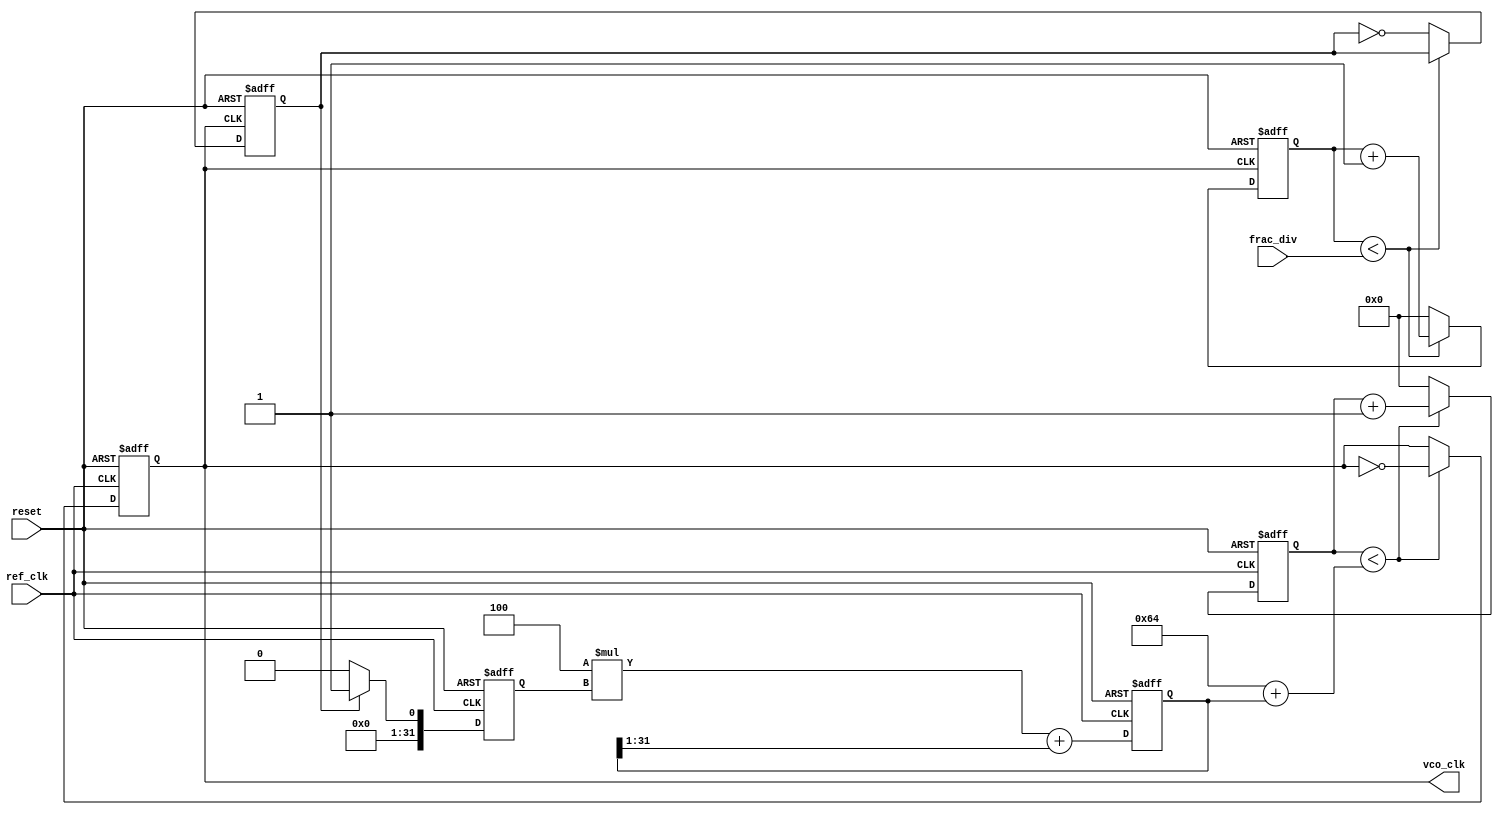
module Fractional_PLL(
    input wire ref_clk,           // Reference clock input
    input wire reset,            // Reset signal
    input wire [15:0] frac_div,  // Fractional division value (for divider)
    output reg vco_clk           // Output VCO clock
);

// Parameters
parameter VCO_MAX_FREQ = 100;  // Maximum VCO frequency in MHz
parameter LOOP_FILTER_GAIN = 4; // Loop filter gain (example value)

// Internal signals
reg [31:0] vco_count;           // VCO counter
reg [31:0] phase_error;         // Phase error from PD
reg [31:0] control_voltage;     // Control voltage for VCO
reg [31:0] filtered_error;      // Filtered error signal
reg [31:0] frac_counter;        // Fractional divider counter
reg feedback_clk;               // Feedback clock signal

// Phase Detector (PD)
always @(posedge ref_clk or posedge reset) begin
    if (reset) begin
        phase_error <= 0;
    end else begin
        // Simple phase error calculation (example logic)
        // A real PD may involve more complex logic
        if (feedback_clk) begin
            phase_error <= 1; // Indicate phase error
        end else begin
            phase_error <= 0; // No phase error
        end
    end
end

// Loop Filter (LF)
always @(posedge ref_clk or posedge reset) begin
    if (reset) begin
        filtered_error <= 0;
    end else begin
        // Simple first-order filter
        filtered_error <= (LOOP_FILTER_GAIN * phase_error) + (filtered_error >> 1);
    end
end

// Voltage-Controlled Oscillator (VCO)
always @(posedge ref_clk or posedge reset) begin
    if (reset) begin
        vco_count <= 0;
        vco_clk <= 0;
    end else begin
        // VCO frequency control based on filtered error
        if (vco_count < (VCO_MAX_FREQ + filtered_error)) begin
            vco_clk <= ~vco_clk; // Toggle VCO clock
            vco_count <= vco_count + 1;
        end else begin
            vco_count <= 0; // Reset counter
        end
    end
end

// Fractional Divider
always @(posedge vco_clk or posedge reset) begin
    if (reset) begin
        frac_counter <= 0;
        feedback_clk <= 0;
    end else begin
        if (frac_counter < frac_div) begin
            frac_counter <= frac_counter + 1;
        end else begin
            frac_counter <= 0;
            feedback_clk <= ~feedback_clk; // Toggle feedback clock
        end
    end
end

endmodule